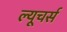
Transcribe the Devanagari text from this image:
ल्यूचर्स